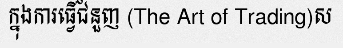
ក្នុងការធ្វើជំនួញ (The Art of Trading)ស